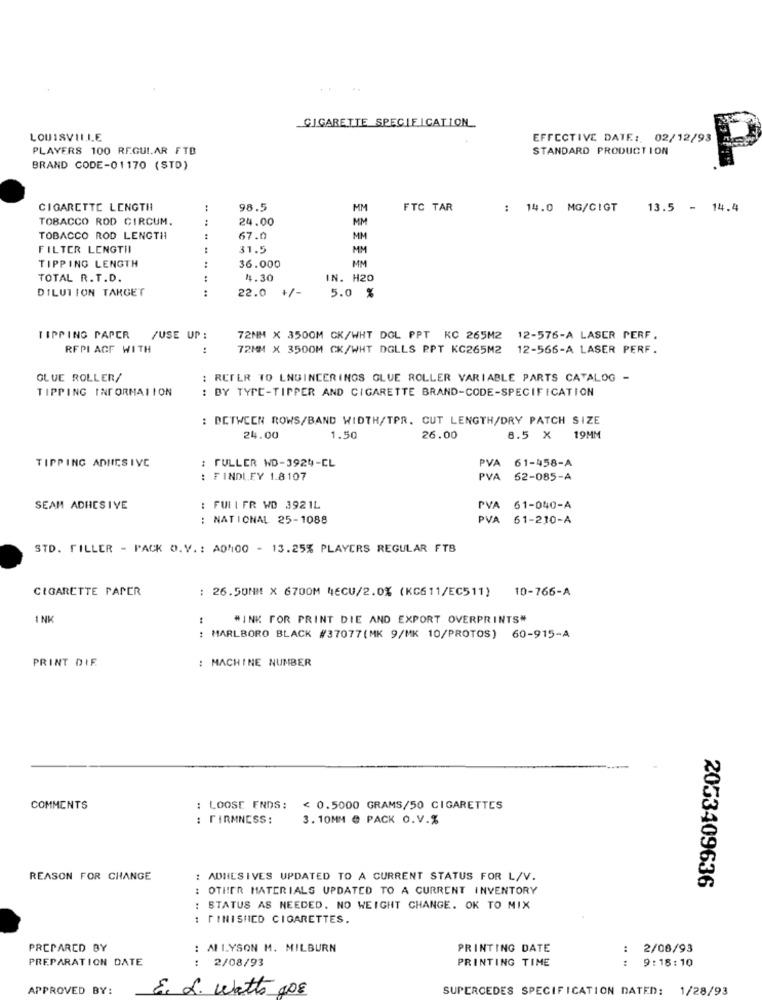
..
CIGARETTE SPECIFICATION
LOUISVILLE
EFFECTIVE DATE: 02/12/93
PLAYERS 100 REGULAR FTB
STANDARD PRODUCTION
BRAND CODE-01170 (STD)
CIGARETTE LENGTH
98.5
MM
FTC TAR
: 14.0 MG/CIGT
13.5 - 14.4
TOBACCO ROD CIRCUM.
:
24.00
MM
TOBACCO ROD LENGTH
67.0
MM
FILTER LENGTHI
31.5
MM
TIPPING LENGTH
:
36.000
MM
TOTAL R.T.D.
4.30
IN. H20
DILUTION TARGET
:
22.0
+/-
5.0 %
TIPPING PAPER
/USE UP :
72NM X 3500M CK/WHT DOL PPT KC 265M2 12-576-A LASER PERF.
RFPI AGF WITH
:
72MM X 3500M CK/WHT DGLLS PPT KC265M2 12-566-A LASER PERF.
GLUE ROLLER/
: REFER TO LNGINCERINGS GLUE ROLLER VARIABLE PARTS CATALOG -
TIPPING INFORMATION
: BY TYPE-TIPPER AND CIGARETTE BRAND-CODE-SPECIFICATION
: BETWEEN ROWS/BAND WIDTH/TPR. CUT LENGTH/DRY PATCH SIZE
24.00
1.50
26.00
8.5 X
19MM
: FULLER WD-3924-CL
PVA
61-458-A
TIPPING ADIICS IVE
FINDLEY 1.8107
PVA 62-085-A
SEAM ADHESIVE
: FULLFR WD 3921L
PVA
61-040-A
: NATIONAL 25-1088
PVA 61-210-A
STD. FILLER - PACK O.V .: ADM00 - 13.25% PLAYERS REGULAR FTB
CIGARETTE PAPER
: 26.50MM X 6700M 4ECU/2.0% (KC611/EC511) 10-766-A
INK
#INK FOR PRINT DIE AND EXPORT OVERPRINTS"
: MARLBORO BLACK #37077(MK 9/MK 10/PROTOS) 60-915-A
PRINT DIE
: MACHINE NUMBER
COMMENTS
: LOOSE ENDS:
< 0.5000 GRAMS/50 CIGARETTES
: FIRMNESS:
3.10MM @ PACK O.V.%
REASON FOR CHANGE
: ADHESIVES UPDATED TO A CURRENT STATUS FOR L/V.
2053409636
: OTHER MATERIALS UPDATED TO A CURRENT INVENTORY
: STATUS AS NEEDED. NO WEIGHT CHANGE. OK TO MIX
FINISHED CIGARETTES.
PREPARED BY
ALLYSON M. MILBURN
PRINTING DATE
2/08/93
PREPARATION DATE
2/08/93
PRINTING TIME
.. ..
9:18:10
APPROVED BY:
E. L. Watts
40€
SUPERCEDES SPECIFICATION DATED: 1/28/93